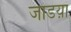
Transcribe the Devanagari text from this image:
जाडय़ा